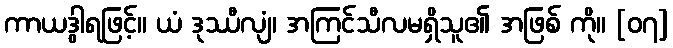
ကာယဒွါရဖြင့်။ ယံ ဒုဿီလျံ၊ အကြင်သီလမရှိသူ၏ အဖြစ် ကို။ [၀၇]